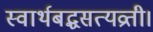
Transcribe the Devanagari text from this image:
स्वार्थबद्धसत्यव्रती।